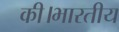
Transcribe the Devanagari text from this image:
की।भारतीय